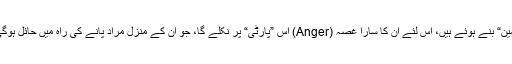
ینگ ڈاکٹر چونکہ ”اینگری ینگ مین“ بنے ہوئے ہیں، اس لئے ان کا سارا غصہ (Anger) اس ”پارٹی“ پر نکلے گا، جو ان کے منزلِ مُراد پانے کی راہ میں حائل ہوگی یا ہونے کا ”ارتکاب“ کرے گی۔